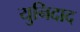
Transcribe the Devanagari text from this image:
युनिदाद